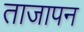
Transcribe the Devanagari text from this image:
ताजापन